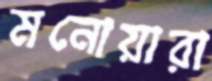
মনোয়ারা